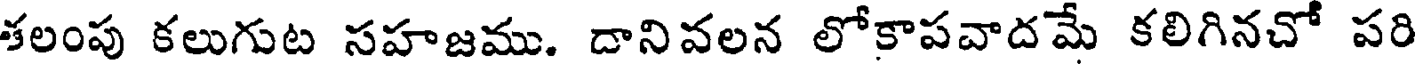
తలంపు కలుగుట సహజము. దానివలన లోకాపవాదమే కలిగినచో పరి